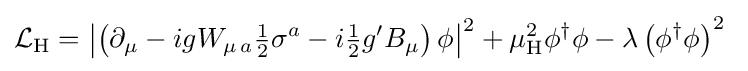
{\mathcal {L}}_{\text{H}}=\left|\left(\partial _{\mu }-igW_{\mu \,a}{\tfrac {1}{2}}\sigma ^{a}-i{\tfrac {1}{2}}g'B_{\mu }\right)\phi \right|^{2}+\mu _{\text{H}}^{2}\phi ^{\dagger }\phi -\lambda \left(\phi ^{\dagger }\phi \right)^{2}\